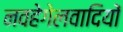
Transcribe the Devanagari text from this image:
नवहेगेलवादियों